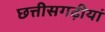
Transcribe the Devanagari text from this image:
छत्तीसगढ़ीयां